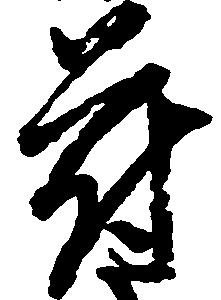
符